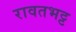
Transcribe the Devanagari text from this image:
रावतभट्ट